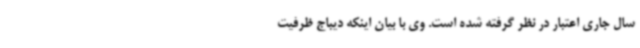
سال جاری اعتبار در نظر گرفته شده است. وی با بیان اینکه دیباج ظرفیت